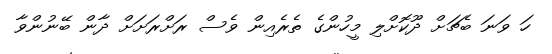
ހަ ވަނަ ބެޗަށް ދޫކޮށްލި މީހުންގެ ތެރެއިން ވެސް ރަށްރަށަށް ދާން ބޭނުންވާ